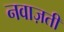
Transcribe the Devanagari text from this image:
नवाज़ती